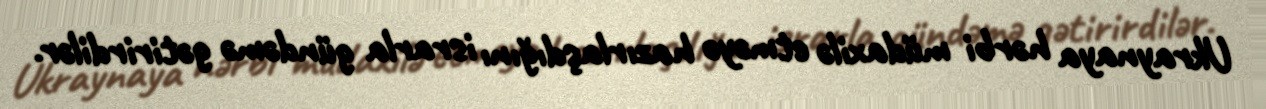
Ukraynaya hərbi müdaxilə etməyə hazırlaşdığını israrla gündəmə gətirirdilər.